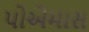
પોએમાસ